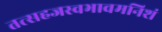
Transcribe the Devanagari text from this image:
तत्सहजस्वभावमनिशं